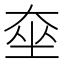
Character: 𡘫